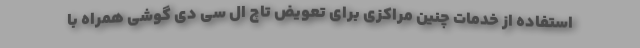
استفاده از خدمات چنین مراکزی برای تعویض تاچ ال سی دی گوشی همراه با